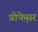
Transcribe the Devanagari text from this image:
प्रोफे़सर